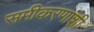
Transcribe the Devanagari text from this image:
समीकरणांशी